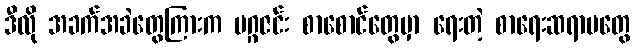
ဒီလို အခက်အခဲတွေကြားက မဂ္ဂဇင်း စာစောင်တွေမှာ ရေးတဲ့ စာရေးဆရာမတွေ